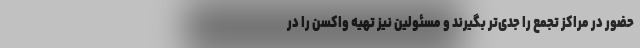
حضور در مراکز تجمع را جدی‌تر بگیرند و مسئولین نیز تهیه واکسن را در